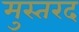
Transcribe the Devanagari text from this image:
मुस्तरद